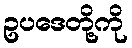
ဥပဒေတို့ကို